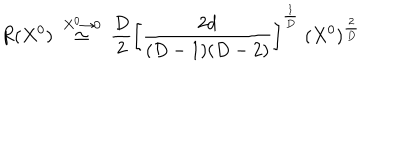
LaTeX: \frac { R ( X ^ { 0 } ) ~ \buildrel { X ^ { 0 } \to 0 } } { \simeq ~ { \frac { D } { 2 } } \left[ { \frac { 2 d } { ( D - 1 ) ( D - 2 ) } } \right] ^ { \frac { 1 } { D } } ~ ( X ^ { 0 } ) ^ { \frac { 2 } { D } } }